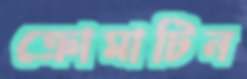
ক্রোমাটিন